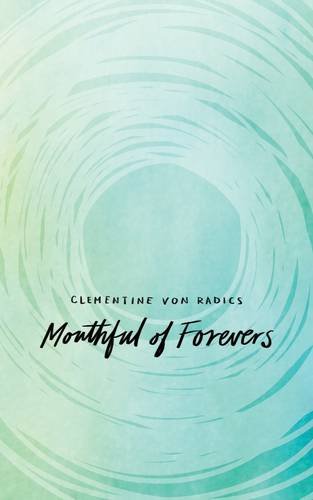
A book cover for Mouthful of Forevers; Clementine von Radics; Literature & Fiction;